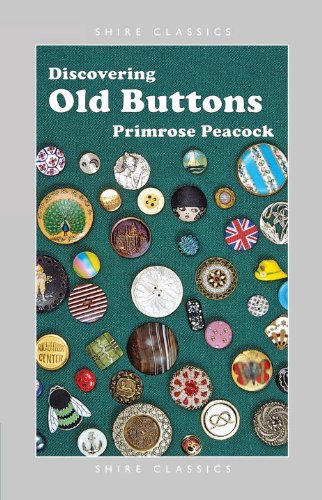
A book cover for Discovering Old Buttons (Shire Discovering); Primrose Peacock; Crafts, Hobbies & Home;